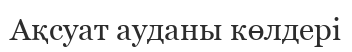
Ақсуат ауданы көлдері